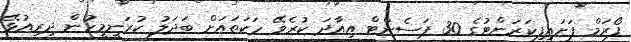
ފޯރަމް ފަށައިފިކަރަންޓުގެ 30 ޕަސެންޓް އިއާދަ ކުރެވޭ ހަކަތައަށް ބަދަލު ކުރަނީމީހުން ދިރިއުޅޭ